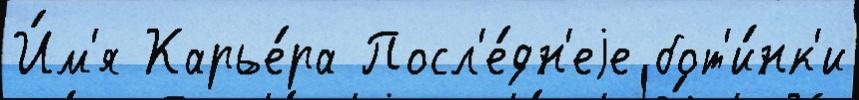
И́м'я Карье́ра Посл'е́дн'еjе бот'и́нк'и